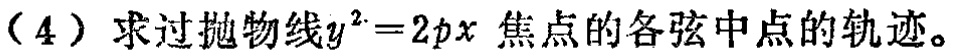
（4）求过抛物线\(y^{2}=2px\) 焦点的各弦中点的轨迹。